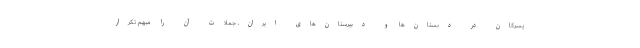
پسرکان در دبستان‌ها و دبیرستان‌های ایران، جملات آن را مبهم تکرار